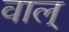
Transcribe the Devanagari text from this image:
वाल्